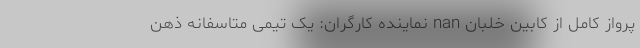
پرواز کامل از کابین خلبان nan نماینده کارگران: یک تیمی متاسفانه ذهن